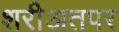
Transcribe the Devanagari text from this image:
शरीअतपर